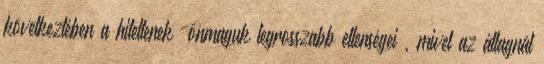
következtében a hitetlenek „önmaguk legrosszabb ellenségei”, mivel az átlagnál